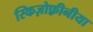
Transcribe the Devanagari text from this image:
स्किज़ोफ़्रीनीया